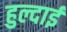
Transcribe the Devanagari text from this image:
हुल्दाई